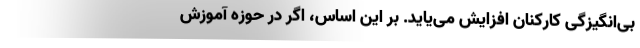
بی‌انگیزگی کارکنان افزایش می‌یاید. بر این اساس، اگر در حوزه آموزش